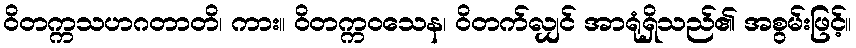
ဝိတက္ကသဟဂတာတိ၊ ကား။ ဝိတက္ကဝသေန၊ ဝိတက်လျှင် အာရုံရှိသည်၏ အစွမ်းဖြင့်။